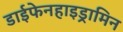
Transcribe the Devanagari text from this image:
डाईफेनहाइड्रामिन